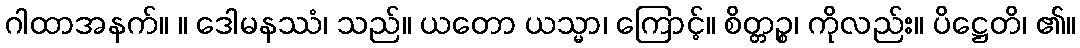
ဂါထာအနက်။ ။ ဒေါမနဿံ၊ သည်။ ယတော ယသ္မာ၊ ကြောင့်။ စိတ္တဉ္စ၊ ကိုလည်း။ ပိဋ္ဌေတိ၊ ၏။